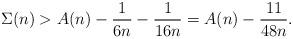
LaTeX: \begin{align*}\Sigma(n)>A(n)-\frac{1}{6n}-\frac{1}{16n}=A(n)-\frac{11}{48n}.\end{align*}